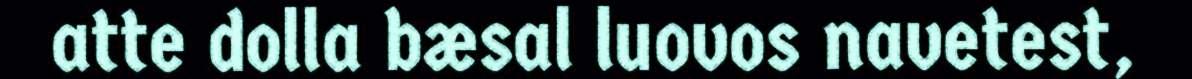
atte dolla bæsal luovos navetest,